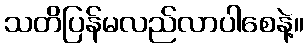
သတိပြန်မလည်လာပါစေနဲ့။